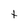
Character: t